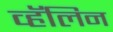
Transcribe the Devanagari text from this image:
व्हॅलिन